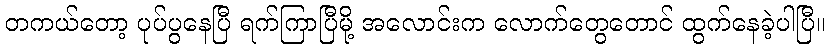
တကယ်တော့ ပုပ်ပွနေပြီ ရက်ကြာပြီမို့ အလောင်းက လောက်တွေတောင် ထွက်နေခဲ့ပါပြီ။